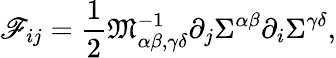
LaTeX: \mathscr{F}_{ij}=\frac{1}{2}\mathfrak{M}_{\alpha\beta,\gamma\delta}^{-1}\partial_{j}\Sigma^{\alpha\beta}\partial_{i}\Sigma^{\gamma\delta},